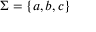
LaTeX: \Sigma = \{ a , b , c \}